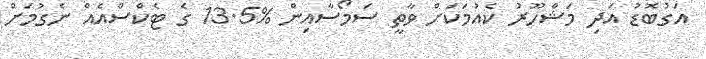
އަގުބޮޑު އަދި މަޝްހޫރު ކެއުމަކަށް ވާތީ ސަމޯސާއިން %13.5 ގެ ޓެކްސްއެއް ނެގުމަށް